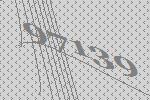
97139